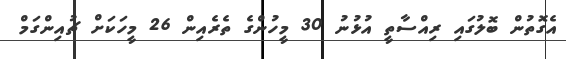
އެގޮތުން ބޮލުގައި ރިއްސާތީ އުޅުނު 30 މީހުންގެ ތެރެއިން 26 މީހަކަށް ޗުއިންގަމް